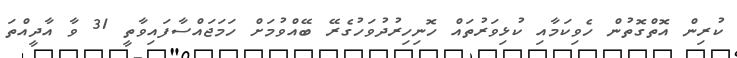
ކުރިން އޮތްގޮތުން ހެވިކަމާއި ކުޅިވަރުތައް ހޮނިހިރުދުވަހުގެރޭ ބޭއްވުމަށް ހަމަޖައްސާފައިވާތީ 31 ވާ އާދީއްތަ